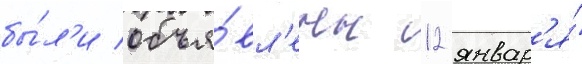
бы́л'и объя́вл'ены 12 январ'я́